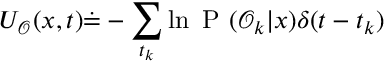
{ U _ { \mathcal { O } } ( x , t ) \dot { = } - \sum _ { t _ { k } } \ln \mathrm { ~ P ~ } ( \mathcal { O } _ { k } | x ) \delta ( t - t _ { k } ) }